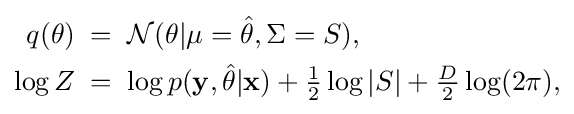
{\begin{aligned}q(\theta )&\;=\;{\cal {N}}(\theta |\mu ={\hat {\theta }},\Sigma =S),\\\log Z&\;=\;\log p({\bf {y}},{\hat {\theta }}|{\bf {x}})+{\tfrac {1}{2}}\log |S|+{\tfrac {D}{2}}\log(2\pi ),\end{aligned}}